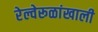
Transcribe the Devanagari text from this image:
रेल्वेरूळांखाली